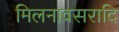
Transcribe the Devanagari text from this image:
मिलनावसरादि